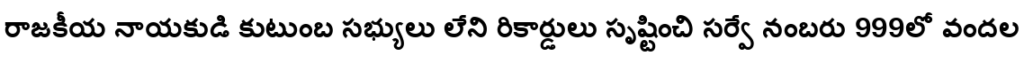
రాజకీయ నాయకుడి కుటుంబ సభ్యులు లేని రికార్డులు సృష్టించి సర్వే నంబరు 999లో వందల